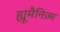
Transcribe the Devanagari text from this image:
ह्यूमैनिज़्म